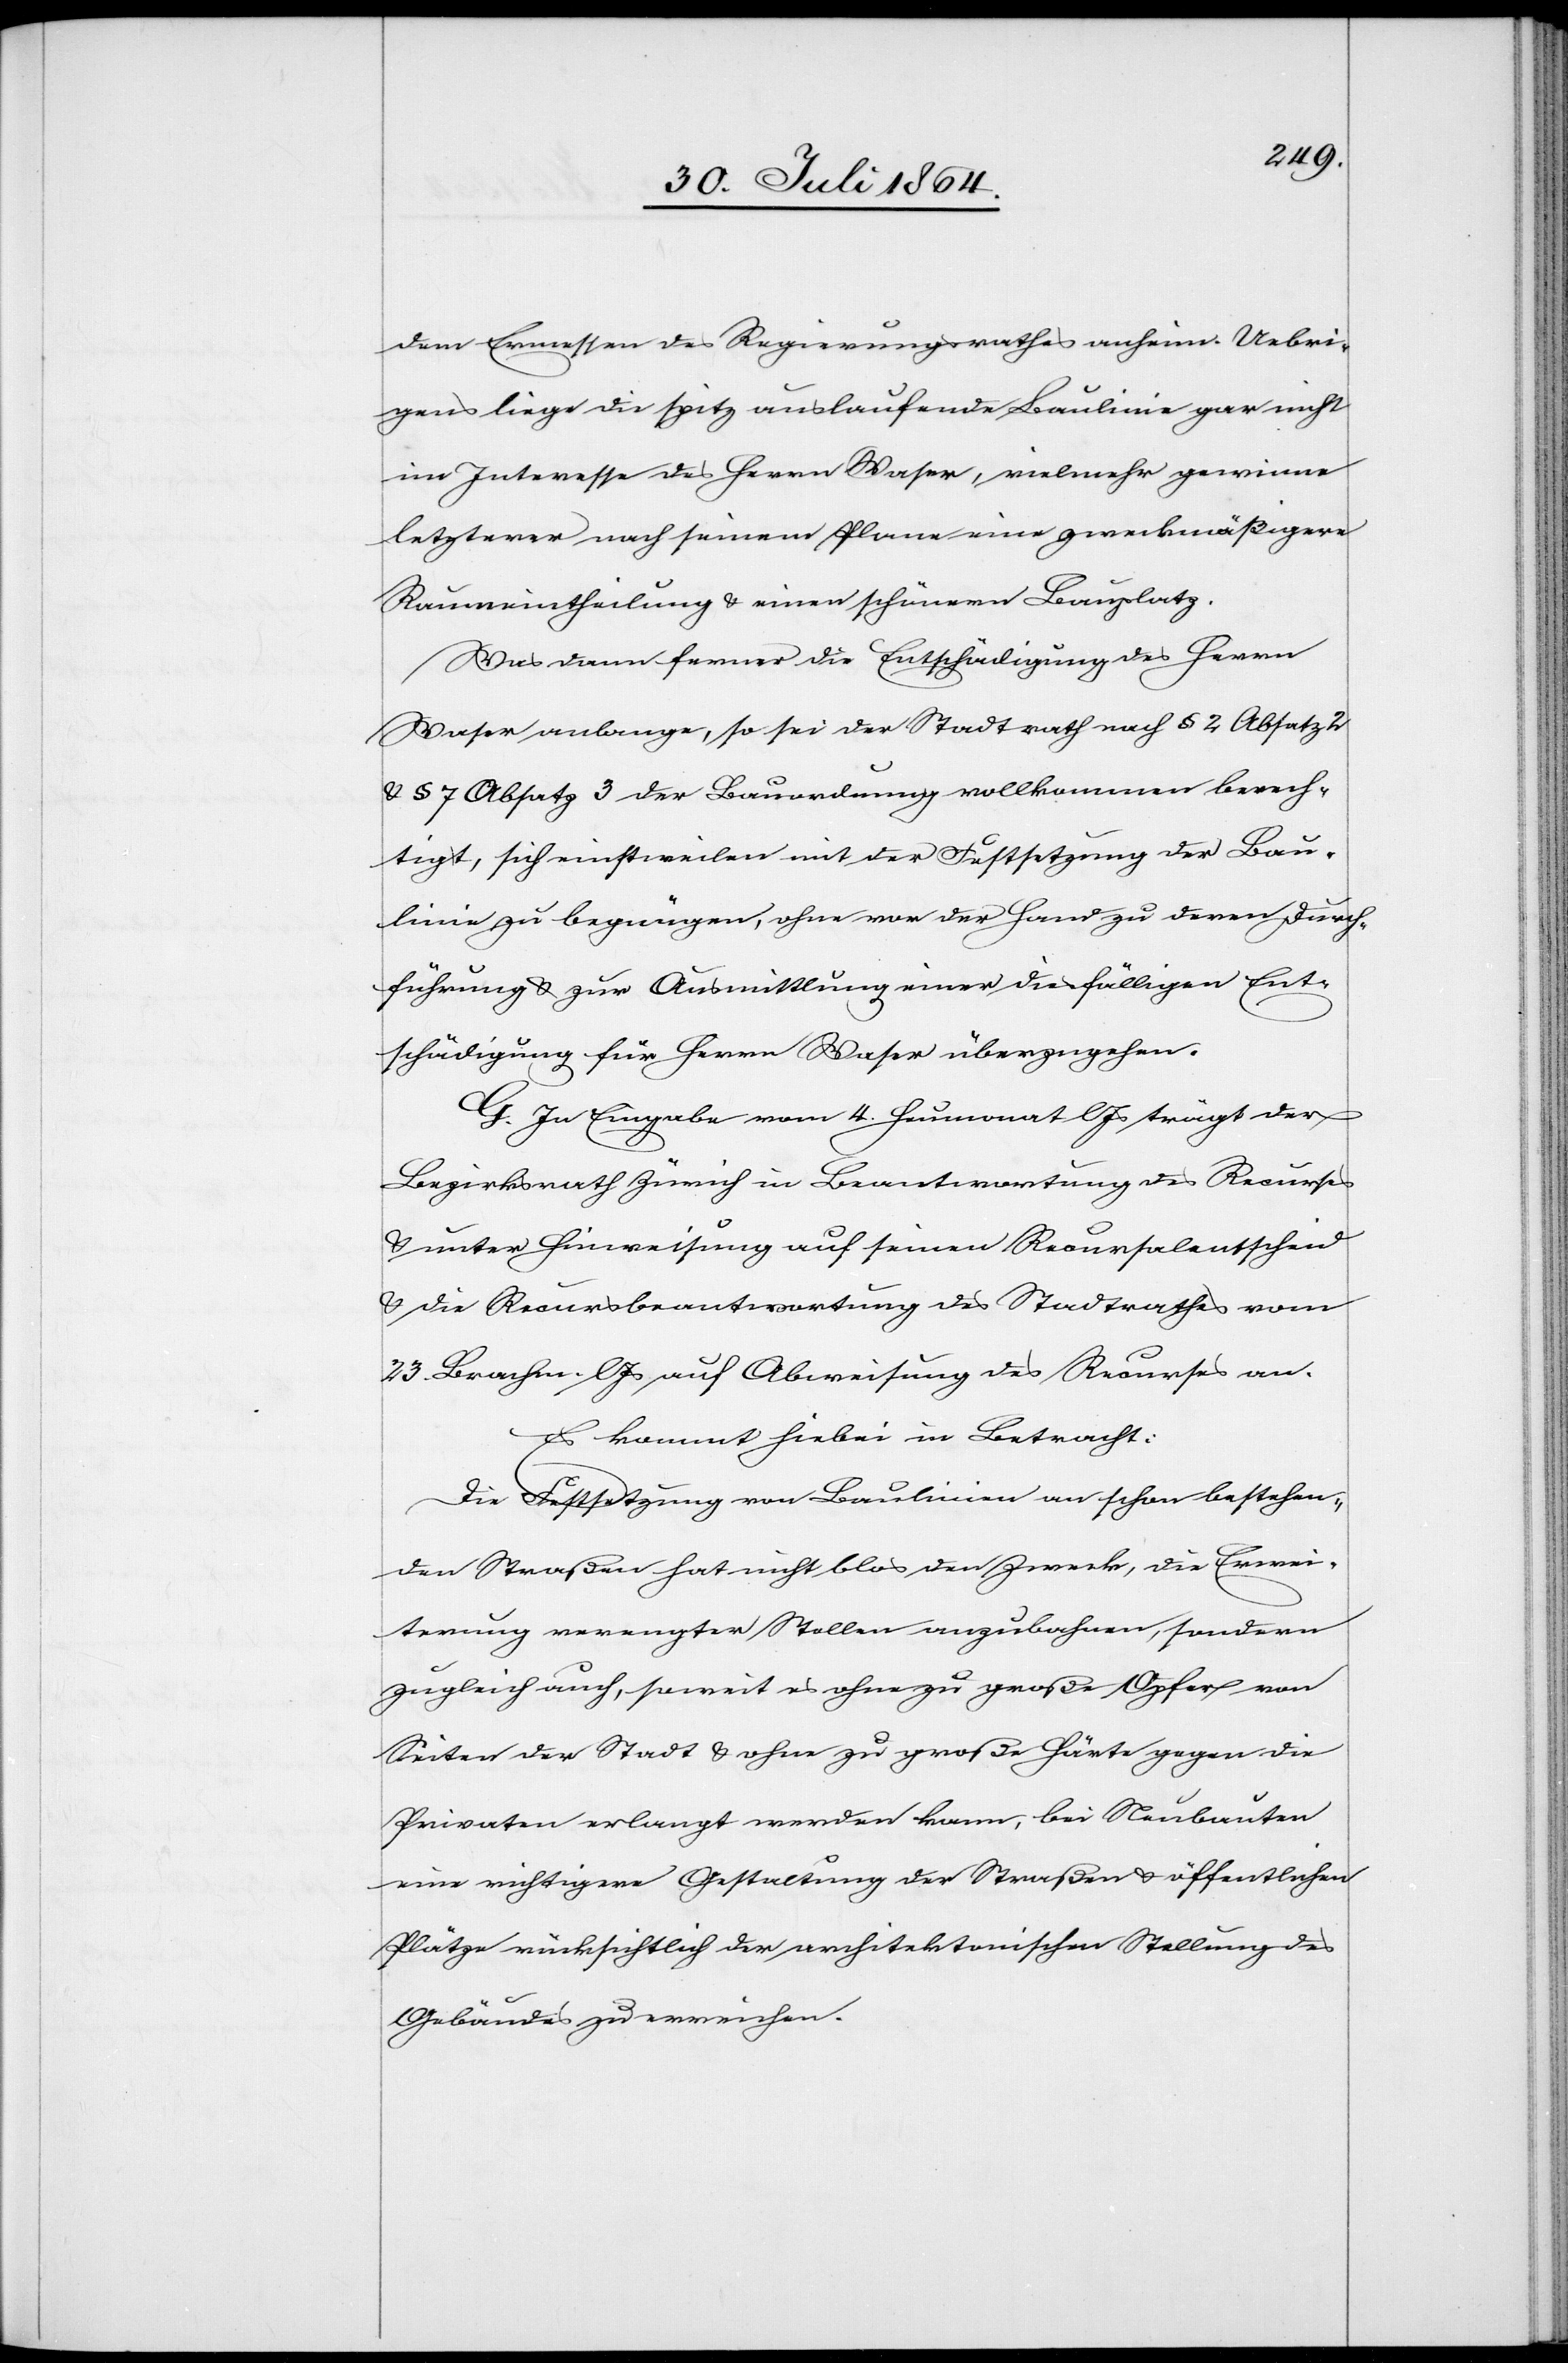
dem Ermessen des Regierungsrathes anhin. Uebri¬
gens liege die spitz auslaufende Baulinie gar nicht
im Interesse des Herrn Waser, vielmehr gewinne
letzterer nach seinem Plane eine zweckmäßigere
Raumeintheilung & einen schönern Bauplatz.
Was dann ferner die Entschädigung des Herrn
Waser an[be]lange, so sei der Stadtrath nach § 2 Absatz 2
& § 7 Absatz 3 der Bauordnung vollkommen berech¬
tigt, sich einstweilen mit der Festsetzung der Bau¬
linie zu begnügen, ohne vor der Hand zu deren Durch¬
führung & zur Ausmittlung einer diesfälligen Ent¬
schädigung für Herrn Waser überzugehen.
G. In Eingabe vom 4. Heumonat l. Js. trägt der
Bezirksrath Zürich in Beantwortung des Recurses
& unter Hinweisung auf seinen Recursalentscheid
& die Recursbeantwortung des Stadtrathes vom
23. Brachm. l. Js. auf Abweisung des Recurses an.
Es kommt hiebei in Betracht:
Die Festsetzung von Baulinien an schon bestehen¬
den Straßen hat nicht blos den Zweck, die Erwei¬
terung verengter Stellen anzubahnen, sondern
zugleich auch, soweit es ohne zu große Opfer von
Seiten der Stadt & ohne zu große Härte gegen die
Privaten erlangt werden kann, bei Neubauten
eine richtigere Gestaltung der Straßen & öffentlichen
Plätze rücksichtlich der architektonischen Stellung des
Gebäudes zu erreichen.